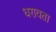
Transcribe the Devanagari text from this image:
धरावता